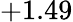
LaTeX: +1.49